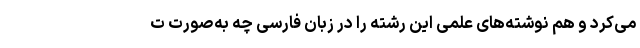
می‌کرد و هم نوشته‌های علمی این رشته را در زبان فارسی چه به‌صورت ت